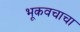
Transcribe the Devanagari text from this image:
भूकवचाचा